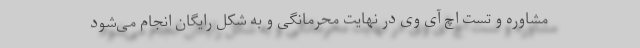
مشاوره و تست اچ آی وی در نهایت محرمانگی و به شکل رایگان انجام می‌شود